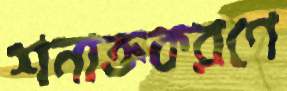
শনাক্তকরণে